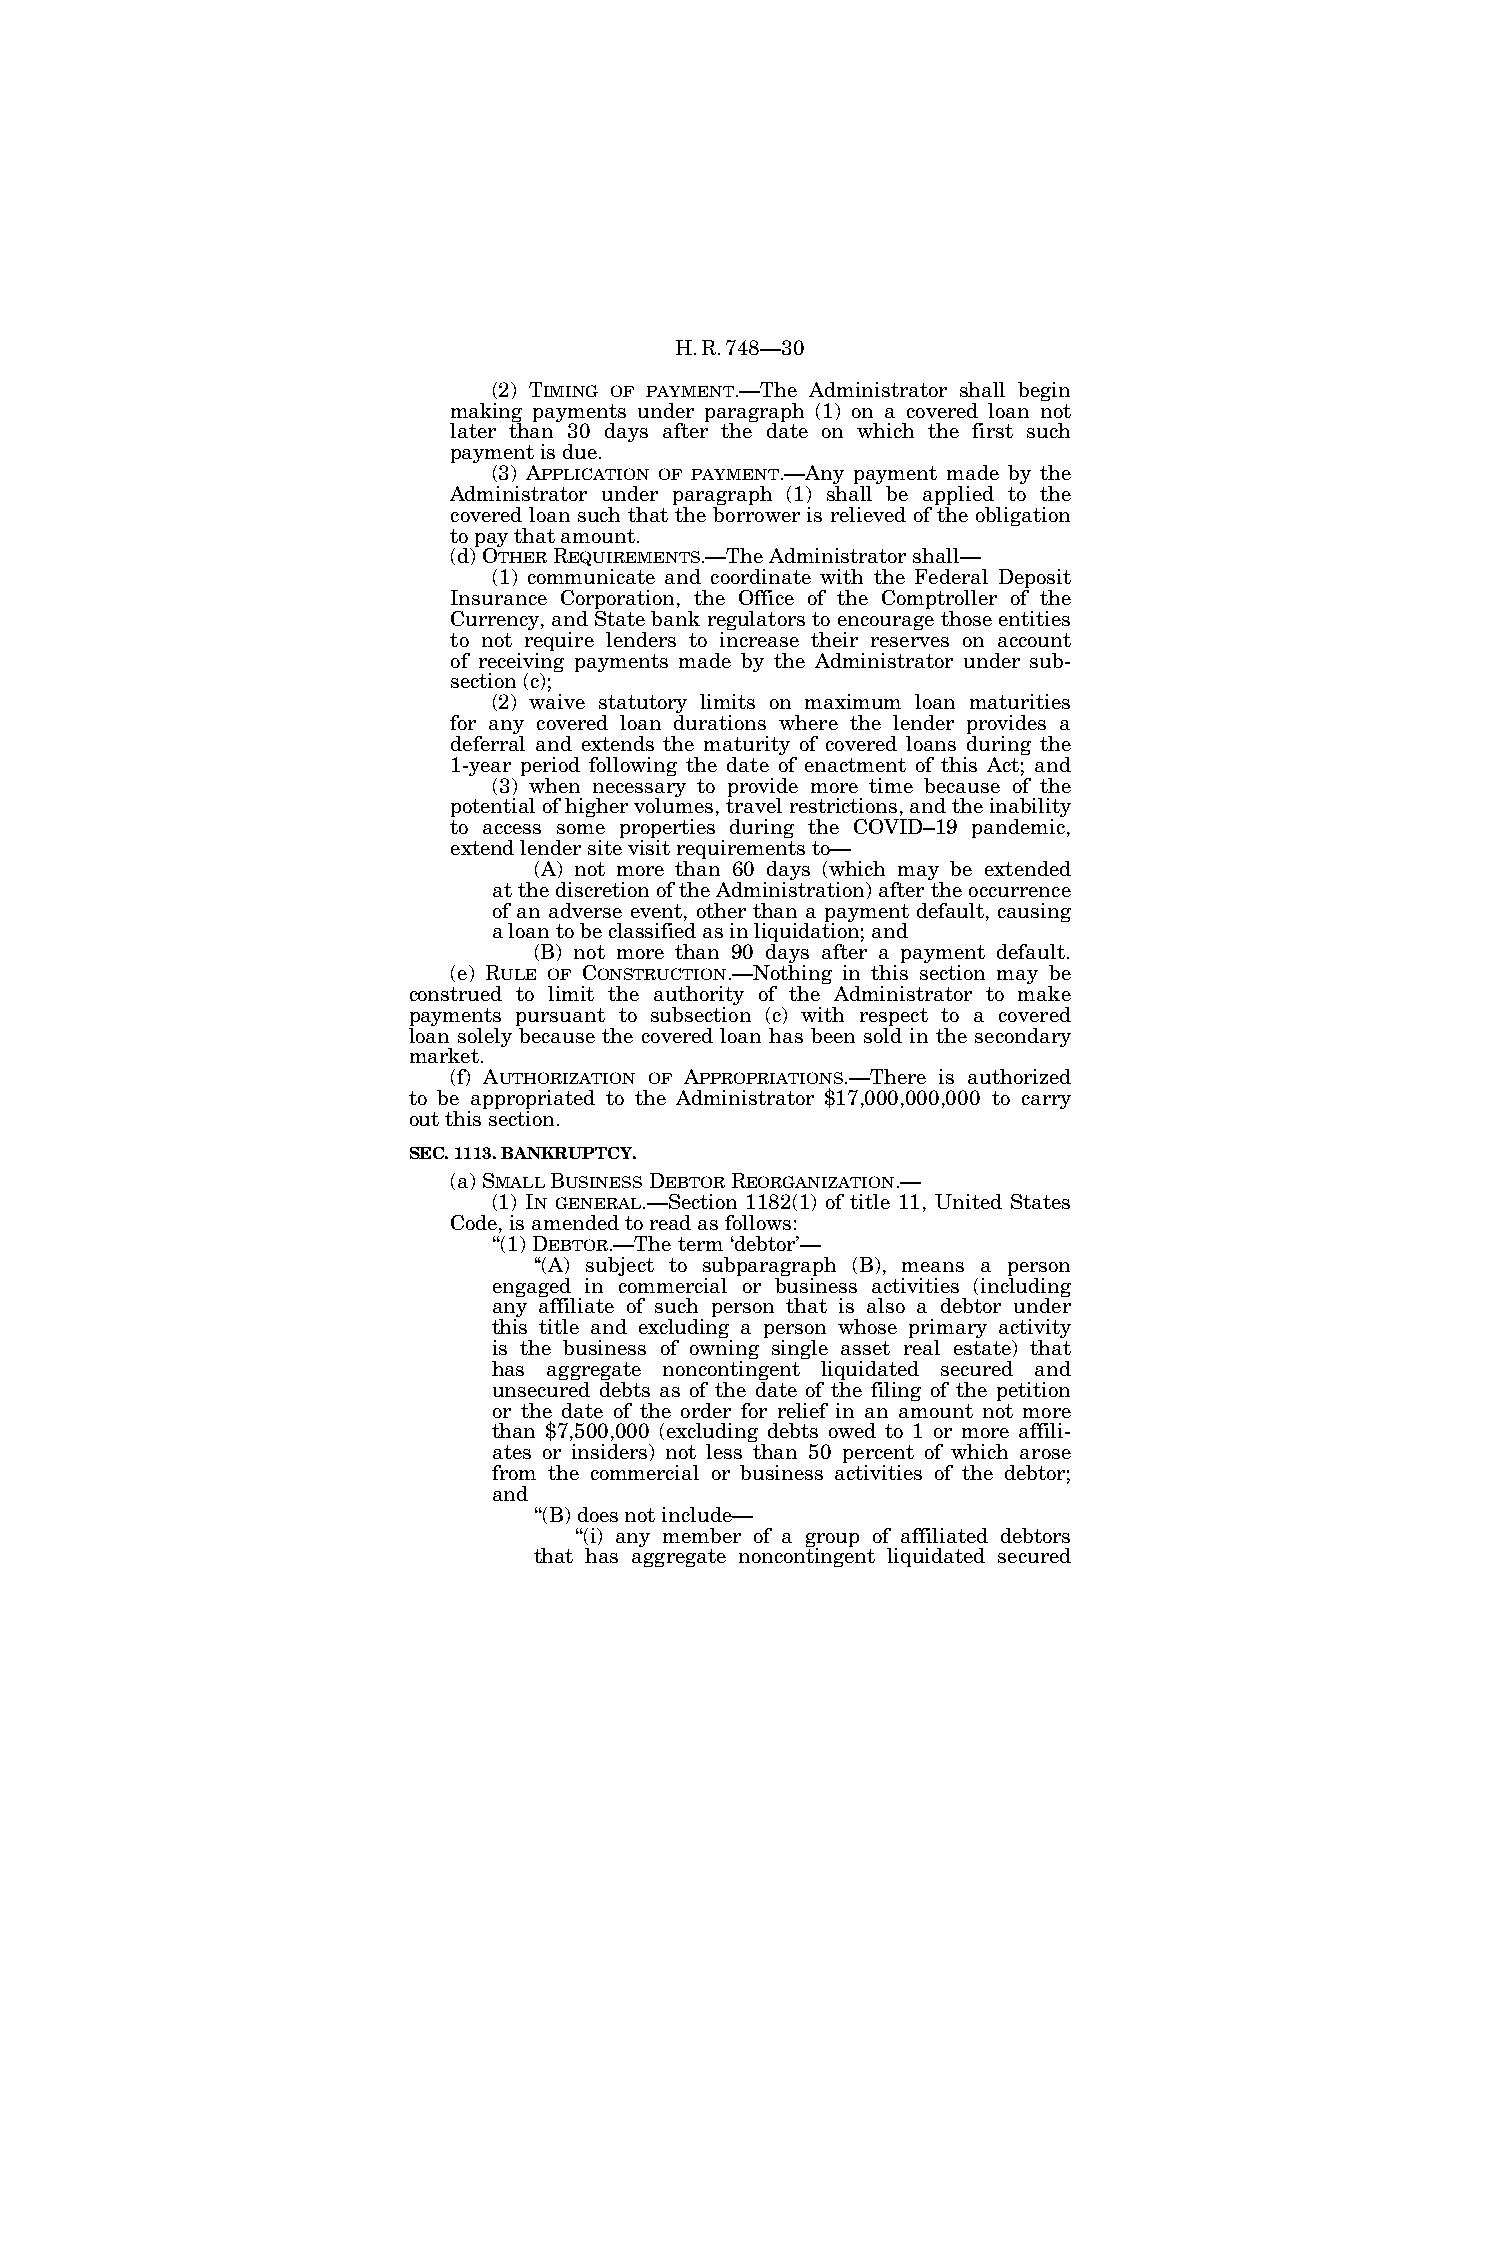
H.R.748—30
 (2) TIMING OF PAYMENT.—The Administrator shall begin
 making payments under paragraph (1) on a covered loan not
 later than 30 days after the date on which the first such
 payment is due.
 (3) APPLICATION OF PAYMENT.—Any payment made by the
 Administrator under paragraph (1) shall be applied to the
 covered loan such that the borrower is relieved of the obligation
 to pay that amount.
 (d) OTHERREQUIREMENTS.—The Administrator shall—
 (1) communicate and coordinate with the Federal Deposit
 Insurance Corporation, the Office of the Comptroller of the
 Currency, and State bank regulators to encourage those entities
 to not require lenders to increase their reserves on account
 of receiving payments made by the Administrator under sub-
 section (c);
 (2) waive statutory limits on maximum loan maturities
 for any covered loan durations where the lender provides a
 deferral and extends the maturity of covered loans during the
 1-year period following the date of enactment of this Act; and
 (3) when necessary to provide more time because of the
 potential of higher volumes, travel restrictions, and the inability
 to access some properties during the COVID–19 pandemic,
 extend lender site visit requirements to—
 (A) not more than 60 days (which may be extended
 at the discretion of the Administration) after the occurrence
 of an adverse event, other than a payment default, causing
 a loan to be classified as in liquidation; and
 (B) not more than 90 days after a payment default.
 (e) RULE OF CONSTRUCTION.—Nothing in this section may be
 construed to limit the authority of the Administrator to make
 payments pursuant to subsection (c) with respect to a covered
 loan solely because the covered loan has been sold in the secondary
 market.
 (f) AUTHORIZATION OF APPROPRIATIONS.—There is authorized
 to be appropriated to the Administrator $17,000,000,000 to carry
 out this section.
 SEC. 1113. BANKRUPTCY.
 (a) SMALLBUSINESSDEBTORREORGANIZATION.—
 (1) IN GENERAL.—Section 1182(1) of title 11, United States
 Code, is amended to read as follows:
 ‘‘(1) DEBTOR.—The term ‘debtor’—
 ‘‘(A) subject to subparagraph (B), means a person
 engaged in commercial or business activities (including
 any affiliate of such person that is also a debtor under
 this title and excluding a person whose primary activity
 is the business of owning single asset real estate) that
 has aggregate noncontingent liquidated secured and
 unsecured debts as of the date of the filing of the petition
 or the date of the order for relief in an amount not more
 than $7,500,000 (excluding debts owed to 1 or more affili-
 ates or insiders) not less than 50 percent of which arose
 from the commercial or business activities of the debtor;
 and
 ‘‘(B) does not include—
 ‘‘(i) any member of a group of affiliated debtors
 that has aggregate noncontingent liquidated secured